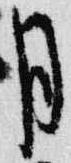
月